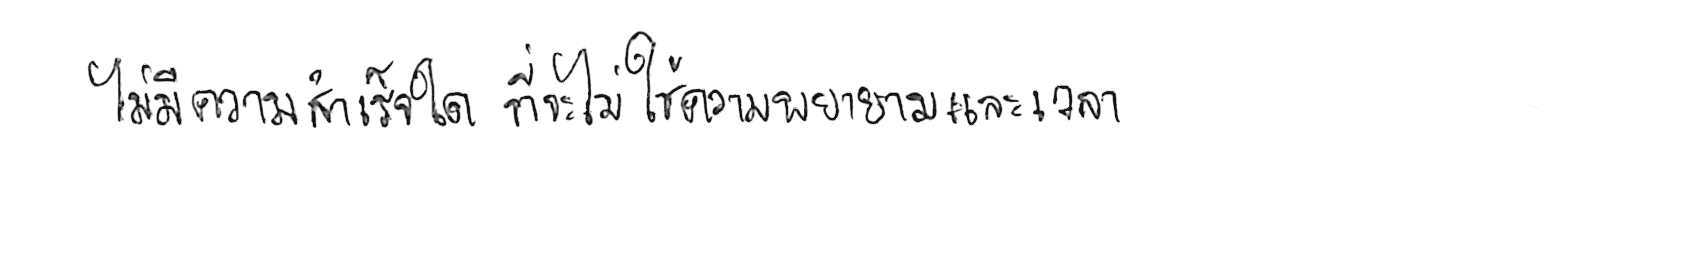
ไม่มีความสำเร็จใด ที่จะไม่ใช้ความพยายามและเวลา